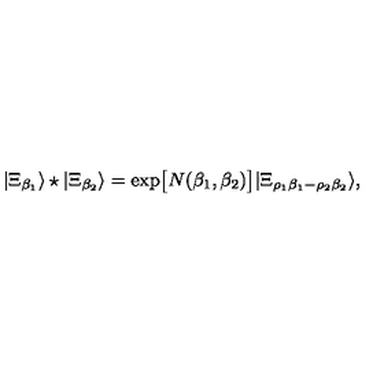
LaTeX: | \Xi _ { \beta _ { 1 } } \rangle \star | \Xi _ { \beta _ { 2 } } \rangle = \exp \bigl [ N ( \beta _ { 1 } , \beta _ { 2 } ) \bigr ] | \Xi _ { \rho _ { 1 } \beta _ { 1 } - \rho _ { 2 } \beta _ { 2 } } \rangle ,